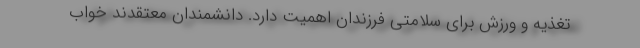
تغذیه و ورزش برای سلامتی فرزندان اهمیت دارد. دانشمندان معتقدند خواب